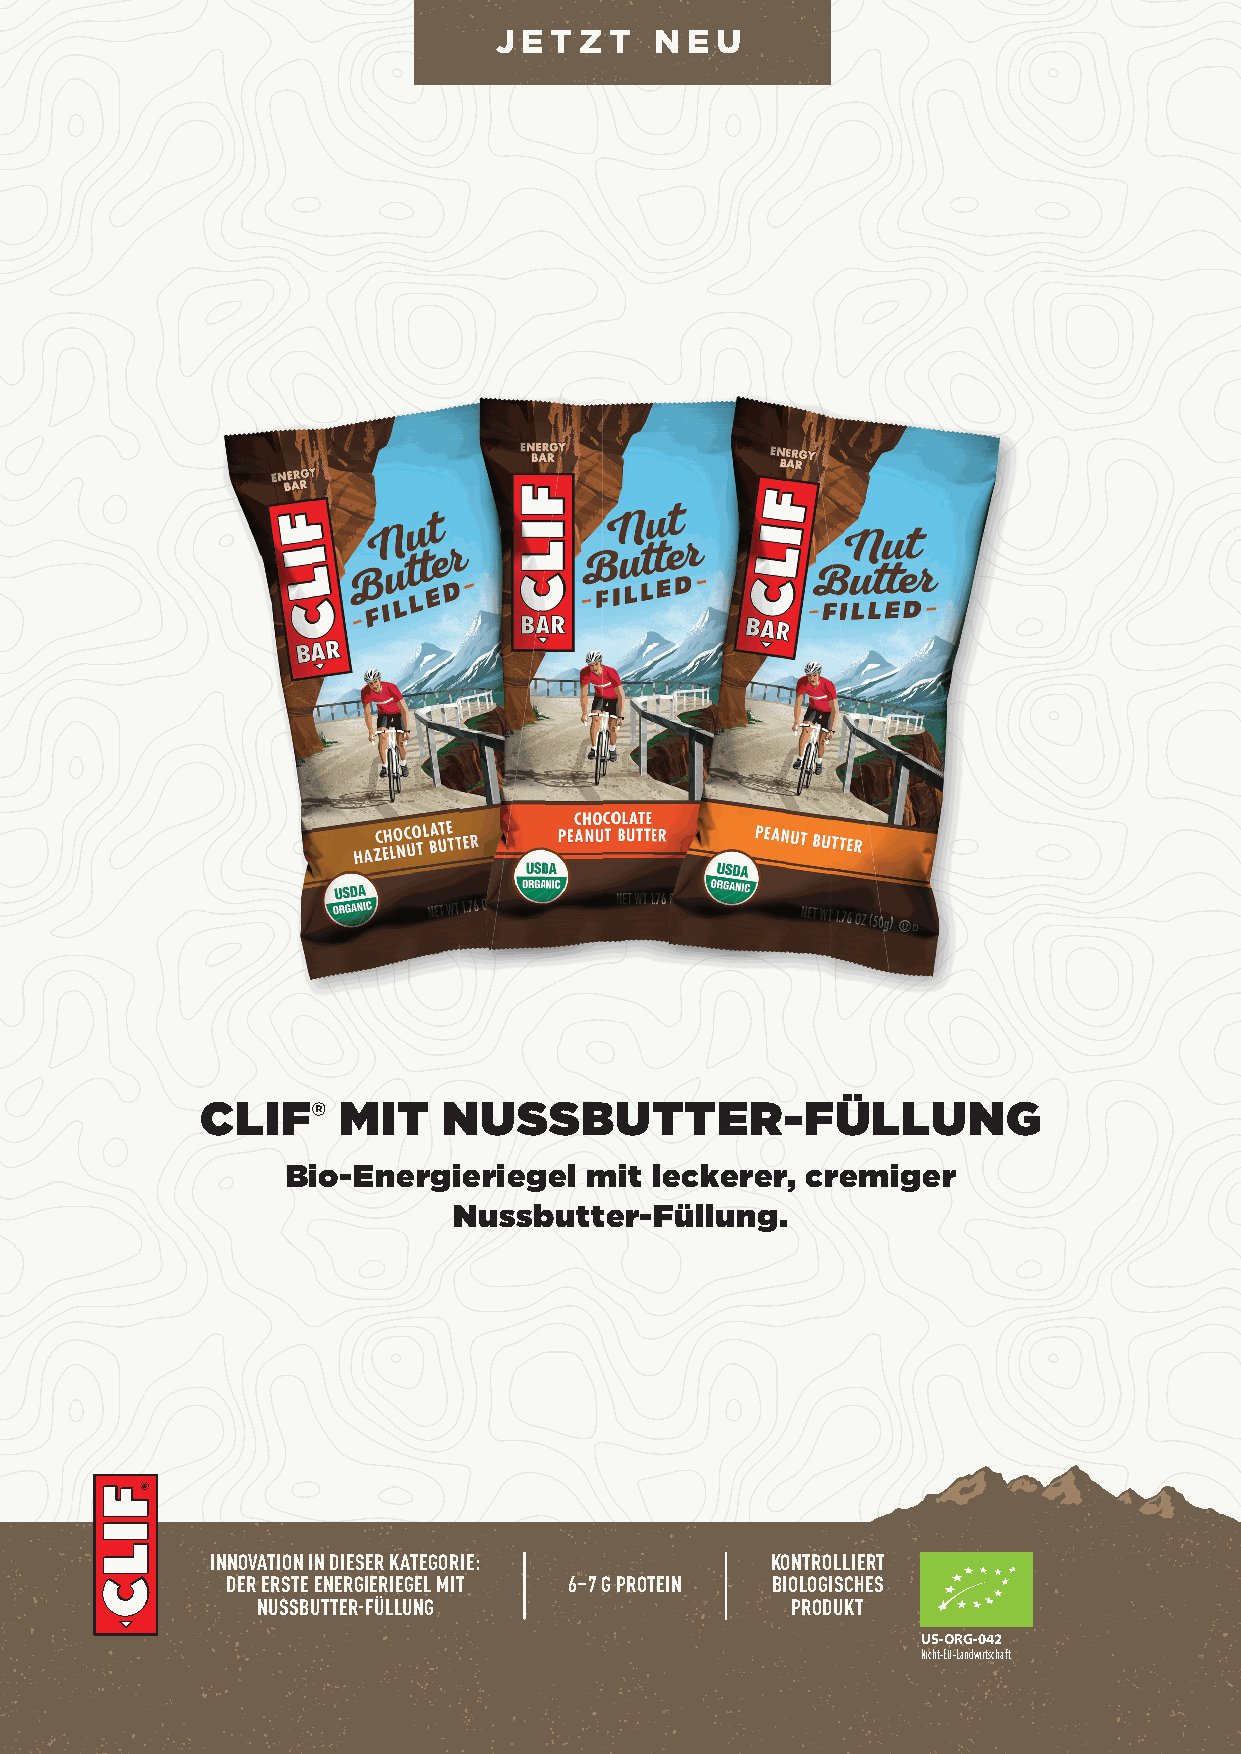
J E T Z T N E U
 CLIF®    MIT    NUSSBUTTER-FÜLLUNG
 Bio-Energieriegel   mit leckerer, cremiger
 Nussbutter-Füllung.
 INNOVATION IN DIESER KATEGORIE:      KONTROLLIERT
 DER ERSTE ENERGIERIEGEL MIT 6–7 G PROTEIN BIOLOGISCHES
 NUSSBUTTER-FÜLLUNG                 PRODUKT
 US-ORG-042
 Nicht-EU-Landwirtschaft